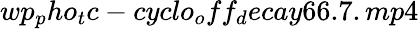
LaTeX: wp_{p}ho_{t}c-cyclo_{o}ff_{d}ecay66.7.mp4